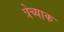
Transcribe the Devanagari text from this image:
त्रेच्याक